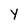
Character: y